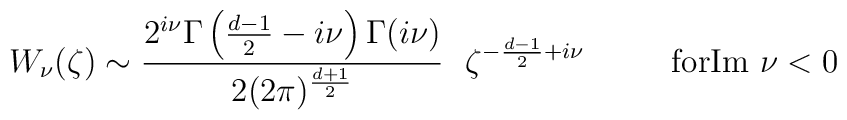
W_{ \nu}(\zeta)  \sim\frac{2^{i\nu }\Gamma\left(\frac{d-1}{2}-i\nu\right)\Gamma(i\nu)} { 2(2\pi)^{\frac{d+1}{2}}}\ \   \zeta^{-\frac{d-1}{2}+i\nu} \ \ \ \ \ \  \ \  \makebox{forIm} \ \nu < 0